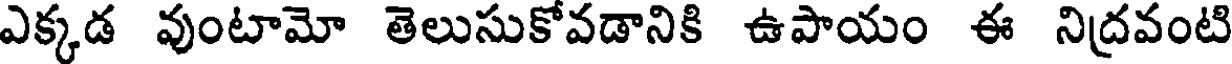
ఎక్కడ వుంటామో తెలుసుకోవడానికి ఉపాయం ఈ నిద్రవంటి